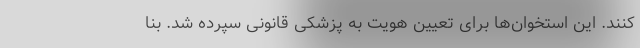
کنند. این استخوان‌ها برای تعیین هویت به پزشکی قانونی سپرده شد. بنا